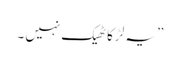
” یہ لڑکا ٹھیک نہیں ۔